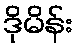
ဒိုမိန်း